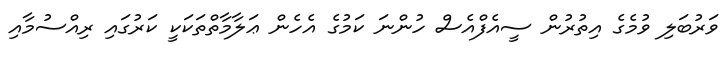
ވަރުބަލި ވުމެގެ އިތުރުން ސީއެފްއެސް ހުންނަ ކަމުގެ އެހެން ޢަލާމާތްތަކަކީ ކަރުގައި ރިއްސުމާއި